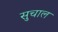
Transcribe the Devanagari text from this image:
सुचाल